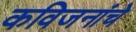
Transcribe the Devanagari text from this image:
कविजनांचे